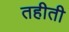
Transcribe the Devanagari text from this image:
तहीती